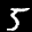
Label: 5